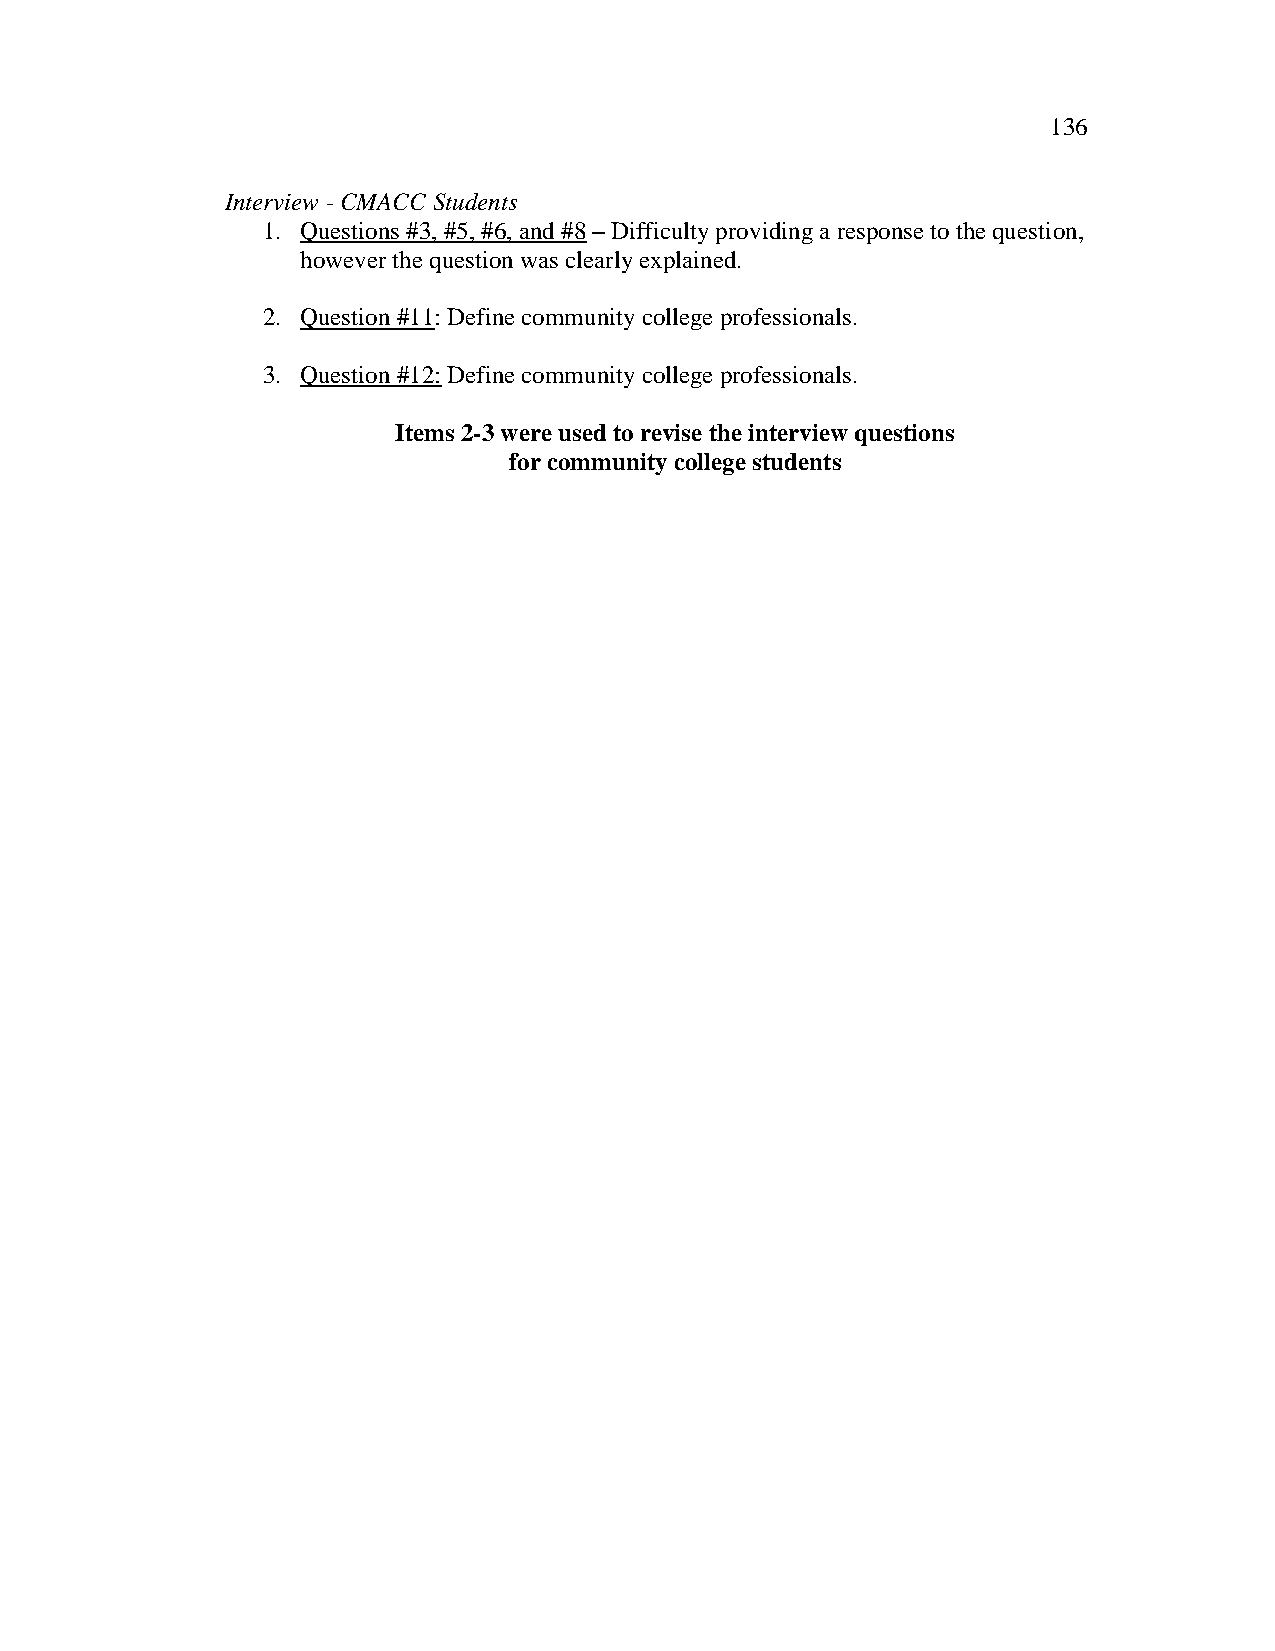
136
 Interview - CMACC Students
 1. Questions #3, #5, #6, and #8 – Difficulty providing a response to the question,
 however the question was clearly explained.
 2. Question #11: Define community college professionals.
 3. Question #12: Define community college professionals.
 Items 2-3 were used to revise the interview questions
 for community college students